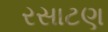
રસાટણ